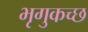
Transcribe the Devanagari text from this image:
भृगुकच्छ